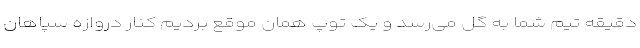
دقیقه تیم شما به گل می‌رسد و یک توپ همان موقع بردیم کنار دروازه سپاهان